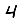
Digit: 4